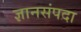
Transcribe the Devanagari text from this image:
ज्ञानसंपदा